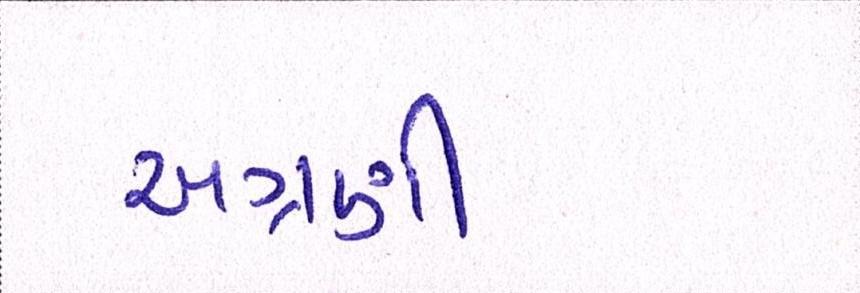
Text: અગ્રણી